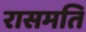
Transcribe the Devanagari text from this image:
रासमति